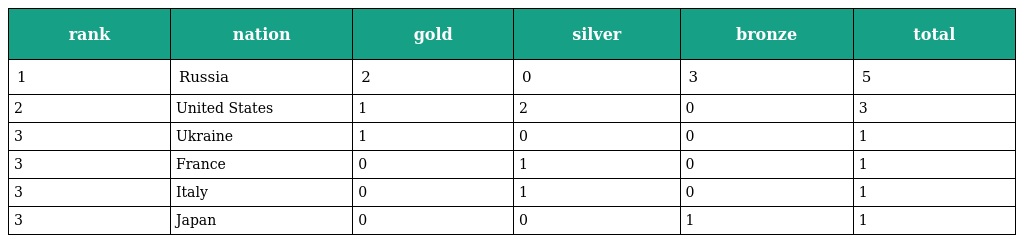
| rank | nation | gold | silver | bronze | total |
 | --- | --- | --- | --- | --- | --- |
 | 1 | Russia | 2 | 0 | 3 | 5 |
 | 2 | United States | 1 | 2 | 0 | 3 |
 | 3 | Ukraine | 1 | 0 | 0 | 1 |
 | 3 | France | 0 | 1 | 0 | 1 |
 | 3 | Italy | 0 | 1 | 0 | 1 |
 | 3 | Japan | 0 | 0 | 1 | 1 |